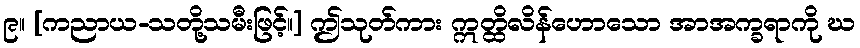
၉။ [ကညာယ-သတို့သမီးဖြင့်။] ဤသုတ်ကား ဣတ္ထိလိန်ဟောသော အာအက္ခရာကို ဃ